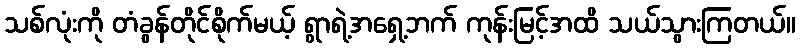
သစ်လုံးကို တံခွန်တိုင်စိုက်မယ့် ရွာရဲ့အရှေ့ဘက် ကုန်းမြင့်အထိ သယ်သွားကြတယ်။